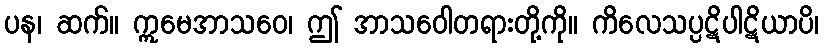
ပန၊ ဆက်။ ဣမေအာသဝေ၊ ဤ အာသဝေါတရားတို့ကို။ ကိလေသပ္ပဋိပါဋိယာပိ၊